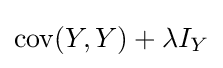
\operatorname {cov} (Y,Y)+\lambda I_{Y}